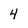
Character: 4